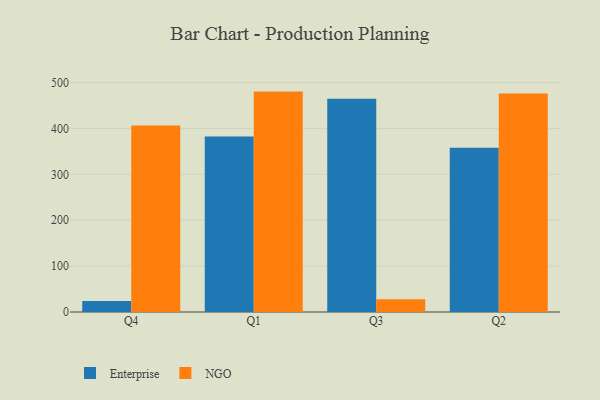
{"axis": {"x": "Quarter", "y": "Headcount"}, "legend": ["Enterprise", "NGO"], "data": [{"x": "Q4", "y": 23.9, "type": "Enterprise"}, {"x": "Q4", "y": 406.3, "type": "NGO"}, {"x": "Q1", "y": 382.7, "type": "Enterprise"}, {"x": "Q1", "y": 480.3, "type": "NGO"}, {"x": "Q3", "y": 464.9, "type": "Enterprise"}, {"x": "Q3", "y": 27.6, "type": "NGO"}, {"x": "Q2", "y": 357.7, "type": "Enterprise"}, {"x": "Q2", "y": 476.1, "type": "NGO"}]}